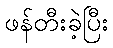
ဖန်တီးခဲ့ပြီး